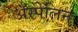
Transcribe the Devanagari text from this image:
ॲस्पेलिन